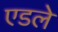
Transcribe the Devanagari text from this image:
एडले